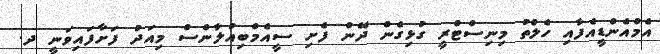
އެމްއެންޑީއެފާއި ހެލްތު މިނިސްޓްރީ ގުޅިގެން ދޭން ފެށި ސީއެމްބިއުލާންސް މިއަދު ފަށާފައިވަނީ ދ.